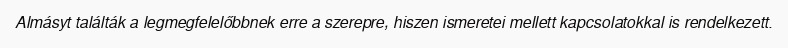
Almásyt találták a legmegfelelőbbnek erre a szerepre, hiszen ismeretei mellett kapcsolatokkal is rendelkezett.